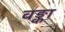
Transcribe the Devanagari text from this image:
वङ्का